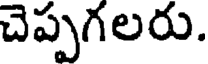
చెప్పగలరు.